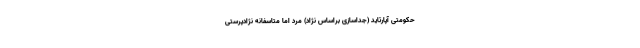
حکومتی آپارتاید (جداسازی براساس نژاد) مُرد اما متاسفانه نژادپرستی